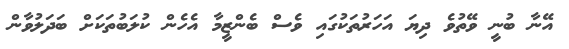
އޭނާ ބުނީ ވޭތުވެ ދިޔަ އަހަރުތަކުގައި ވެސް ބެންޒީމާ އެހެން ކުލަބުތަކަށް ބަދަލުވާން